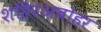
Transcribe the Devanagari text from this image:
शहिरअबोहर